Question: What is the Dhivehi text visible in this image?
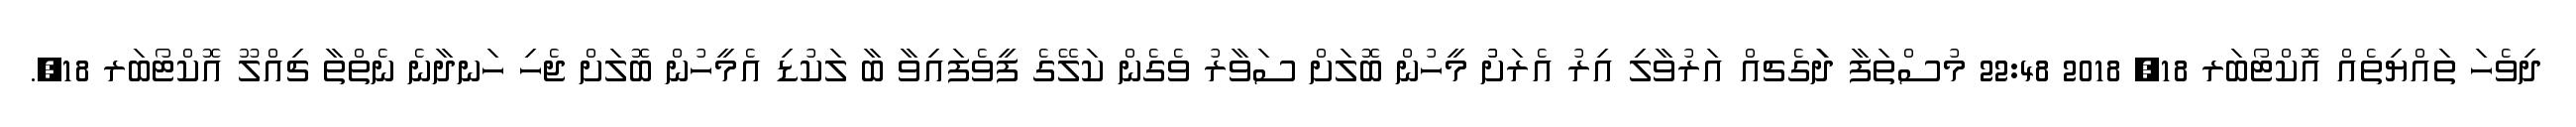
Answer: ދިވެހަ ތައްޔިތެއް އޮކްޓޯބަރ 18, 2018 22:48 މުސްތަފާ ދަަަަަަަގެޗއް އަރުވާލި އިރު އެރަށުު މީހުން ބޮލަށް ސަވާރު ވެގެން ކަލޭގެ ފީވެފައިވާ ބާ ލަކުޑި އެމީހުން ބޮލަށް ޖެހި ހަނދާނެ ނެތްތާ ޗިއްލޫ އޮކްޓޯބަރ 18,.